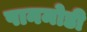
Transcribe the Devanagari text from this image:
पानमोडी